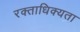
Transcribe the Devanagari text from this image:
रक्ताधिक्यता